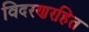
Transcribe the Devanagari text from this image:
विदरणरहित